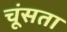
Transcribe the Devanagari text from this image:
चूंसता